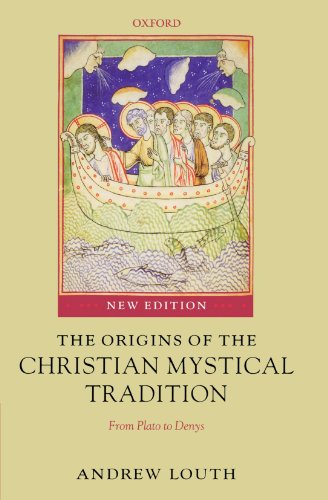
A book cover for The Origins of the Christian Mystical Tradition: From Plato to Denys; Andrew Louth; Christian Books & Bibles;